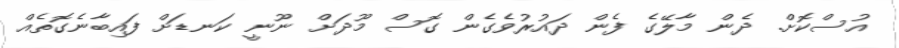
އުސްކޮށް. ދެން މާލޭގެ ފެން ދައުރުވެގެން ގޮސް މޫދަށް ނޫނީ ކަނޑަށް ފައިބާނެގޮތެއް